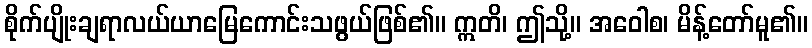
စိုက်ပျိုးချရာလယ်ယာမြေကောင်းသဖွယ်ဖြစ်၏။ ဣတိ၊ ဤသို့။ အဝေါစ၊ မိန့်တော်မူ၏။